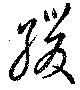
緩